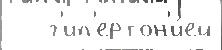
   г'ип'ертон'и́ей